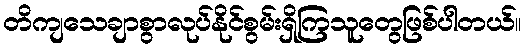
တိကျသေချာစွာလုပ်နိုင်စွမ်းရှိကြသူတွေဖြစ်ပါတယ်။